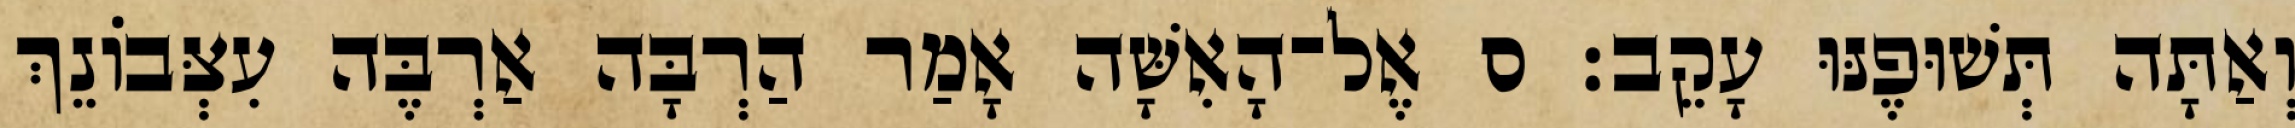
וְאַתָּה תְּשׁוּפֶנּוּ עָקֵב׃ ס אֶל־הָאִשָּׁה אָמַר הַרְבָּה אַרְבֶּה עִצְּבֹונֵךְ